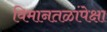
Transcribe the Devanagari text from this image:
विमानतळांपेक्षा